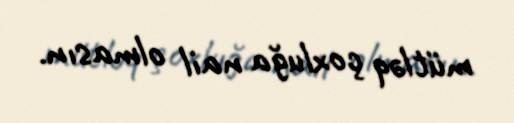
mütləq çoxluğa nail olmasın.